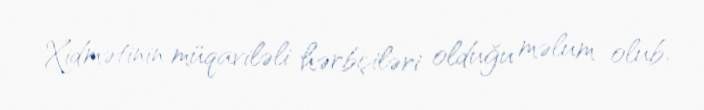
Xidmətinin müqaviləli hərbçiləri olduğu məlum olub.